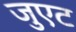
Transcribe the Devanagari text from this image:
जुएट